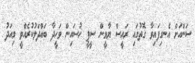
ސަންއަށް އެނގިފައިވާ ގޮތުގައި ރައީސް ޔާމީން ސީޕީ ހުސައިން ވަހީދާ ބައްދަލުކުރެއްވީ މިއަދު